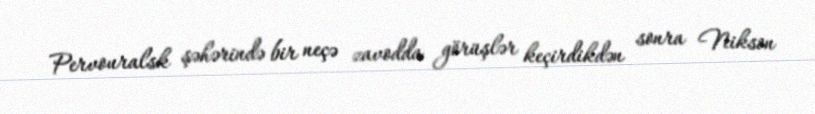
Pervouralsk şəhərində bir neçə zavodda görüşlər keçirdikdən sonra Nikson